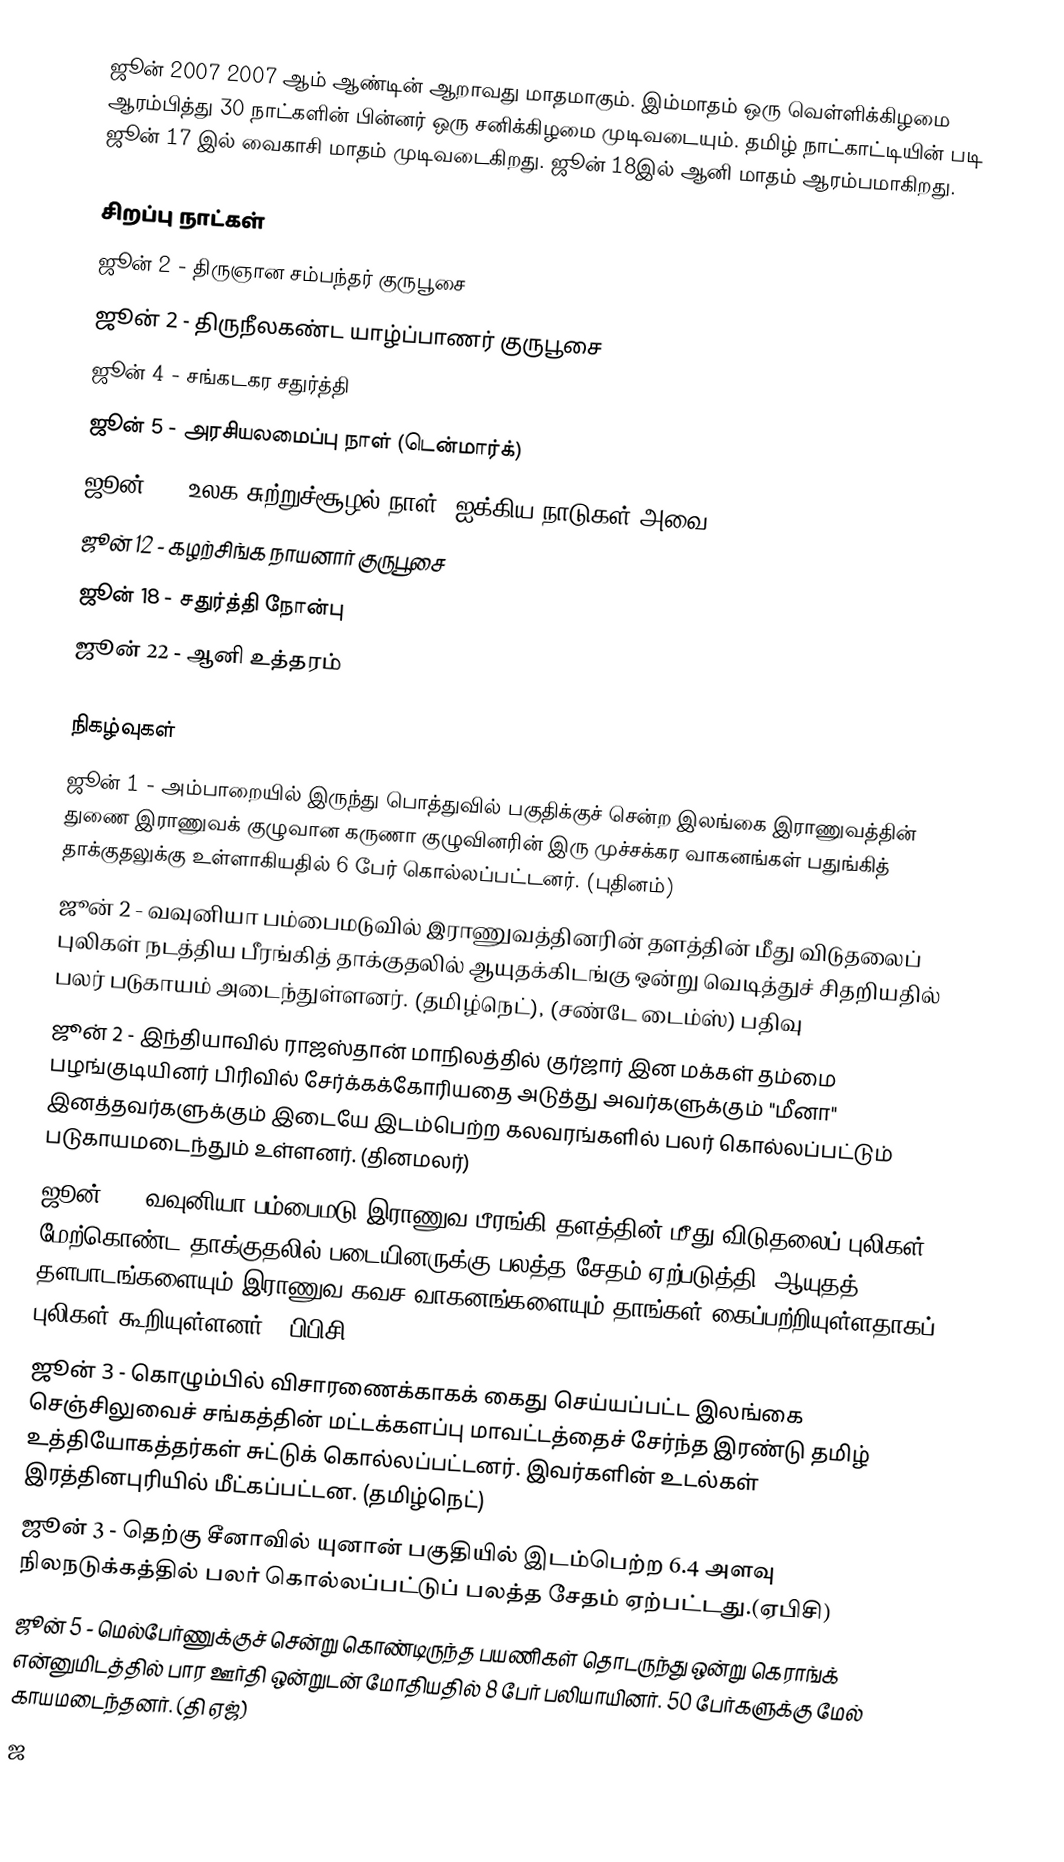
ஜூன் 2007 2007 ஆம் ஆண்டின் ஆறாவது மாதமாகும். இம்மாதம் ஒரு வெள்ளிக்கிழமை ஆரம்பித்து 30 நாட்களின் பின்னர் ஒரு சனிக்கிழமை முடிவடையும். தமிழ் நாட்காட்டியின் படி ஜூன் 17 இல் வைகாசி மாதம் முடிவடைகிறது. ஜூன் 18இல் ஆனி மாதம் ஆரம்பமாகிறது.

சிறப்பு நாட்கள்
 ஜூன் 2 - திருஞான சம்பந்தர் குருபூசை
 ஜூன் 2 - திருநீலகண்ட யாழ்ப்பாணர் குருபூசை
 ஜூன் 4 - சங்கடகர சதுர்த்தி
 ஜூன் 5 - அரசியலமைப்பு நாள் (டென்மார்க்)
 ஜூன் 5 - உலக சுற்றுச்சூழல் நாள் (ஐக்கிய நாடுகள் அவை)
 ஜூன் 12 - கழற்சிங்க நாயனார் குருபூசை
 ஜூன் 18 - சதுர்த்தி நோன்பு
 ஜூன் 22 - ஆனி உத்தரம்

நிகழ்வுகள்
ஜூன் 1 - அம்பாறையில் இருந்து பொத்துவில் பகுதிக்குச் சென்ற இலங்கை இராணுவத்தின் துணை இராணுவக் குழுவான கருணா குழுவினரின் இரு முச்சக்கர வாகனங்கள் பதுங்கித் தாக்குதலுக்கு உள்ளாகியதில் 6 பேர் கொல்லப்பட்டனர். (புதினம்)
ஜூன் 2 - வவுனியா பம்பைமடுவில் இராணுவத்தினரின் தளத்தின் மீது விடுதலைப் புலிகள் நடத்திய பீரங்கித் தாக்குதலில் ஆயுதக்கிடங்கு ஒன்று வெடித்துச் சிதறியதில் பலர் படுகாயம் அடைந்துள்ளனர். (தமிழ்நெட்), (சண்டே டைம்ஸ்) பதிவு
ஜூன் 2 - இந்தியாவில் ராஜஸ்தான் மாநிலத்தில் குர்ஜார் இன மக்கள் தம்மை பழங்குடியினர் பிரிவில் சேர்க்கக்கோரியதை அடுத்து அவர்களுக்கும் "மீனா" இனத்தவர்களுக்கும் இடையே இடம்பெற்ற கலவரங்களில் பலர் கொல்லப்பட்டும் படுகாயமடைந்தும் உள்ளனர். (தினமலர்)
ஜூன் 3 - வவுனியா பம்பைமடு இராணுவ பீரங்கி தளத்தின் மீது விடுதலைப் புலிகள் மேற்கொண்ட தாக்குதலில் படையினருக்கு பலத்த சேதம் ஏற்படுத்தி, ஆயுதத் தளபாடங்களையும் இராணுவ கவச வாகனங்களையும் தாங்கள் கைப்பற்றியுள்ளதாகப் புலிகள் கூறியுள்ளனர். (பிபிசி)
ஜூன் 3 - கொழும்பில் விசாரணைக்காகக் கைது செய்யப்பட்ட இலங்கை செஞ்சிலுவைச் சங்கத்தின் மட்டக்களப்பு மாவட்டத்தைச் சேர்ந்த இரண்டு தமிழ் உத்தியோகத்தர்கள் சுட்டுக் கொல்லப்பட்டனர். இவர்களின் உடல்கள் இரத்தினபுரியில் மீட்கப்பட்டன. (தமிழ்நெட்)
ஜூன் 3 - தெற்கு சீனாவில் யுனான் பகுதியில் இடம்பெற்ற 6.4 அளவு நிலநடுக்கத்தில் பலர் கொல்லப்பட்டுப் பலத்த சேதம் ஏற்பட்டது.(ஏபிசி)
ஜூன் 5 - மெல்பேர்ணுக்குச் சென்று கொண்டிருந்த பயணிகள் தொடருந்து ஒன்று கெராங்க் என்னுமிடத்தில் பார ஊர்தி ஒன்றுடன் மோதியதில் 8 பேர் பலியாயினர். 50 பேர்களுக்கு மேல் காயமடைந்தனர். (தி ஏஜ்)
ஜ